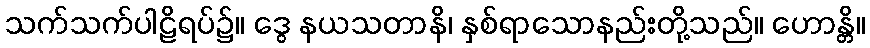
သက်သက်ပါဠိရပ်၌။ ဒွေ နယသတာနိ၊ နှစ်ရာသောနည်းတို့သည်။ ဟောန္တိ။